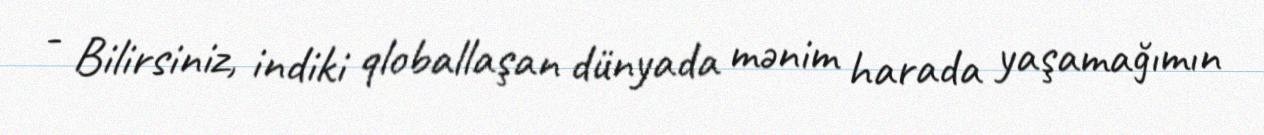
- Bilirsiniz, indiki qloballaşan dünyada mənim harada yaşamağımın